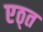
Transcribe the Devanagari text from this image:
एठ्त